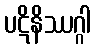
ပဋိနိဿဂ္ဂါ